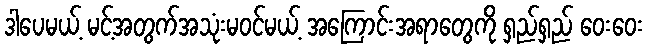
ဒါပေမယ့် မင့်အတွက်အသုံးမဝင်မယ့် အကြောင်းအရာတွေကို ရှည်ရှည် ဝေးဝေး